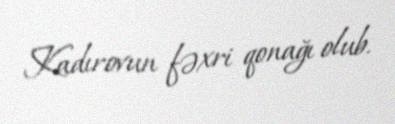
Kadırovun fəxri qonağı olub.